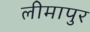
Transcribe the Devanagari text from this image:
लीमापुर